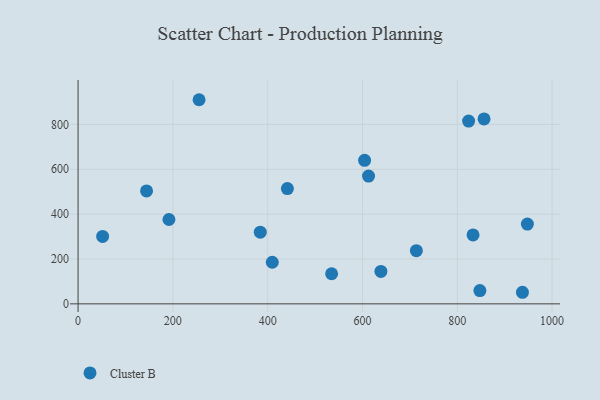
{"axis": {"x": "Study Hours", "y": "Profit"}, "legend": ["Cluster B"], "data": [{"x": "441.6", "y": 514.0, "type": "Cluster B"}, {"x": "823.9", "y": 814.9, "type": "Cluster B"}, {"x": "638.9", "y": 144.5, "type": "Cluster B"}, {"x": "534.9", "y": 134.2, "type": "Cluster B"}, {"x": "604.5", "y": 639.8, "type": "Cluster B"}, {"x": "144.5", "y": 503.6, "type": "Cluster B"}, {"x": "191.7", "y": 376.2, "type": "Cluster B"}, {"x": "255.3", "y": 910.2, "type": "Cluster B"}, {"x": "612.8", "y": 569.6, "type": "Cluster B"}, {"x": "947.9", "y": 355.5, "type": "Cluster B"}, {"x": "409.7", "y": 185.5, "type": "Cluster B"}, {"x": "384.4", "y": 319.8, "type": "Cluster B"}, {"x": "833.3", "y": 307.4, "type": "Cluster B"}, {"x": "937.5", "y": 51.6, "type": "Cluster B"}, {"x": "847.7", "y": 59.1, "type": "Cluster B"}, {"x": "713.7", "y": 237.2, "type": "Cluster B"}, {"x": "856.5", "y": 824.5, "type": "Cluster B"}, {"x": "51.8", "y": 300.7, "type": "Cluster B"}]}